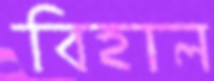
বিহাল